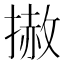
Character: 𢲳